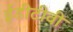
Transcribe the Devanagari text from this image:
ईडीटीवी